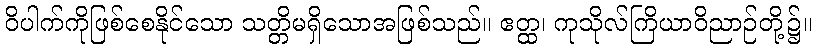
ဝိပါက်ကိုဖြစ်စေနိုင်သော သတ္တိမရှိသောအဖြစ်သည်။ ဧတ္ထ၊ ကုသိုလ်ကြိယာဝိညာဉ်တို့၌။